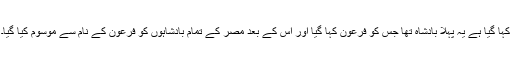
کہا گیا ہے یہ پہلا بادشاہ تھا جس کو فرعون کہا گیا اور اس کے بعد مصر کے تمام بادشاہوں کو فرعون کے نام سے موسوم کیا گیا۔